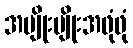
အမျိုးမျိုးအဖုံဖုံ